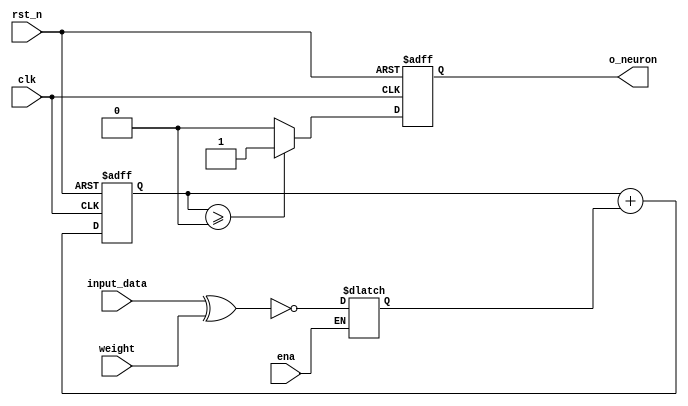
module BNNNeuron(
  input clk,
  input rst_n,
  input ena,
  input [7:0] input_data,
  input [7:0] weight,
  output reg o_neuron
);

// Internal signals
reg [7:0] xnor_result;
reg signed [7:0] accumulated_result;

// XNOR operation
always @(input_data or weight) begin
  if (ena) begin
  xnor_result <= ~(input_data ^ weight);
  end
end

// Accumulator
always @(posedge clk or posedge rst_n) begin
  if (rst_n) begin
    accumulated_result <= 8'b0;
  end else begin
    accumulated_result <= accumulated_result + xnor_result;
  end
end

// Sign activation function
always @(posedge clk or posedge rst_n) begin
  if (rst_n) begin
    o_neuron <= 1'b0;
  end else begin
    if (accumulated_result >= 0) begin
      o_neuron <= 1'b1;
    end else begin
      o_neuron <= 1'b0;
    end
  end
end

endmodule